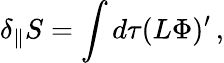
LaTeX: \delta_{\parallel}S=\int d\tau(L\Phi)^{\prime}\, ,